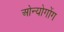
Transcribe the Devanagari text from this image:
ओन्योगोंग